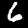
Digit: 6